Papers set at the Examination for Leaving Certificates, 1895
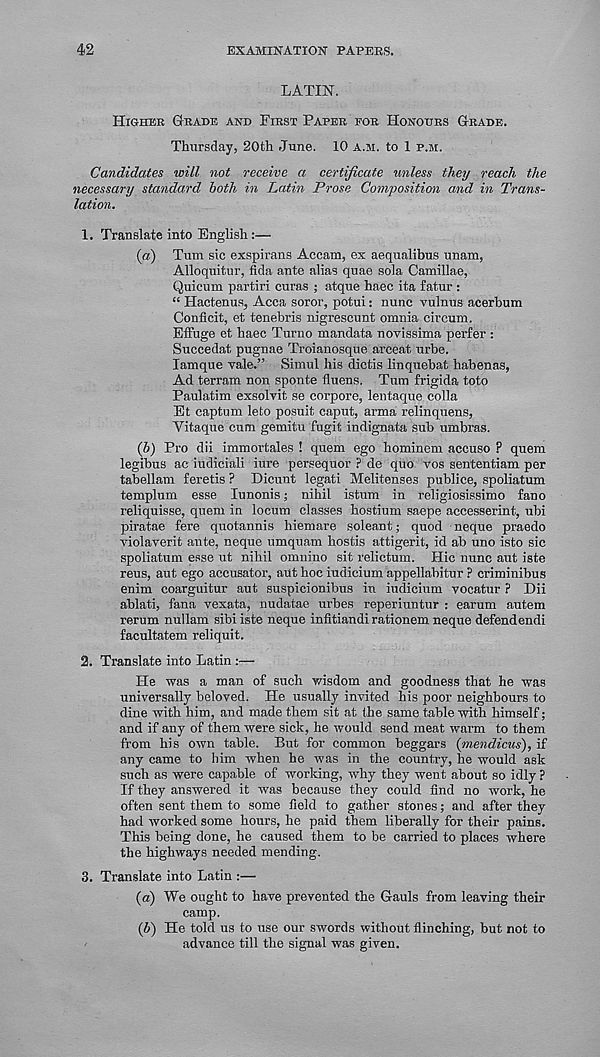
42
EXAMINATION- PAPERS.
LATIN.
Higher Grade and First Paper for Honours Grade.
Thursday, 20th June. 10 a.m. to 1 p.m.
Candidates will not receive a certificate unless they reach the
necessary standard both in Latin Prose Composition and in Trans-
lation.
1. Translate into English:—
(a) Turn sic exspirans Aceam, ex aequalibus unam,
Alloquitur, fida ante alias quae sola Camillae,
Quicum partiri curas ; atque haec ita fatur :
“ Hactenus, Acca soror, potui: nunc vulnus acerbum
Conficit, et tenebris nigrescunt omnia circum.
Effuge et haee Turno mandata novissima perfer :
Succedat pugnae Troianosque arceat urbe.
lamque vale.” Simul his dictis linquebat habenas,
Ad terram non sponte fluens. Turn frigida toto
Paulatim exsolvit se corpore, lentaque colla
Et captum leto posuit caput, arma relinquens,
Vitaque cum gemitu fugit indignata sub umbras.
(b) Pro dii immortales ! quem ego hominem accuse ? quem
legibus ac iudiciali iure persequor ? de quo vos sententiam per
tabellam feretis ? Dicunt legati Melitenses publice, spoliatum
templum esse lunonis; nihil istum in religiosissimo fano
reliquisse, quem in locum classes hostium saepe accesserint, ubi
piratae fere quotannis hiemare soleant; quod neque praedo
violaverit ante, neque umquam hostis attigerit, id ab uno isto sic
spoliatum esse ut nihil omnino sit relictum. Hie nunc aut iste
reus, aut ego accusator, aut hoc iudicium appellabitur ? criminibus
enim coarguitur aut suspicionibus in iudicium vocatur ? Dii
ablati, fana vexata, nudatae urbes reperiuntur : earum autem
rerum nullam sibi iste neque infitiandi rationem neque defendendi
facultatem reliquit.
2. Translate into Latin :—
He was a man of such wisdom and goodness that he was
universally beloved. He usually invited his poor neighbours to
dine with him, and made them sit at the same table with himself;
and if any of them were sick, he would send meat warm to them
from his own table. But for common beggars (mendicus), if
any came to him when he was in the country, he would ask
such as were capable of working, why they went about so idly ?
If they answered it was because they could find no work, he
often sent them to some field to gather stones; and after they
had worked some hours, he paid them liberally for their pains.
This being done, he caused them to be carried to places where
the highways needed mending.
3. Translate into Latin :—
{a) We ought to have prevented the Gauls from leaving their
camp.
(6) He told us to use our swords without flinching, but not to
advance till the signal was given.